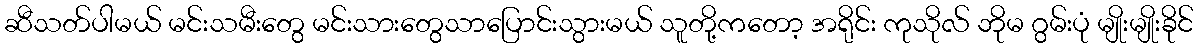
ဆီသတ်ပါမယ် မင်းသမီးတွေ မင်းသားတွေသာပြောင်းသွားမယ် သူတို့ကတော့ အရိုင်း ကုသိုလ် ဘိုမ ဂွမ်းပုံ မျိုးမျိုးခိုင်